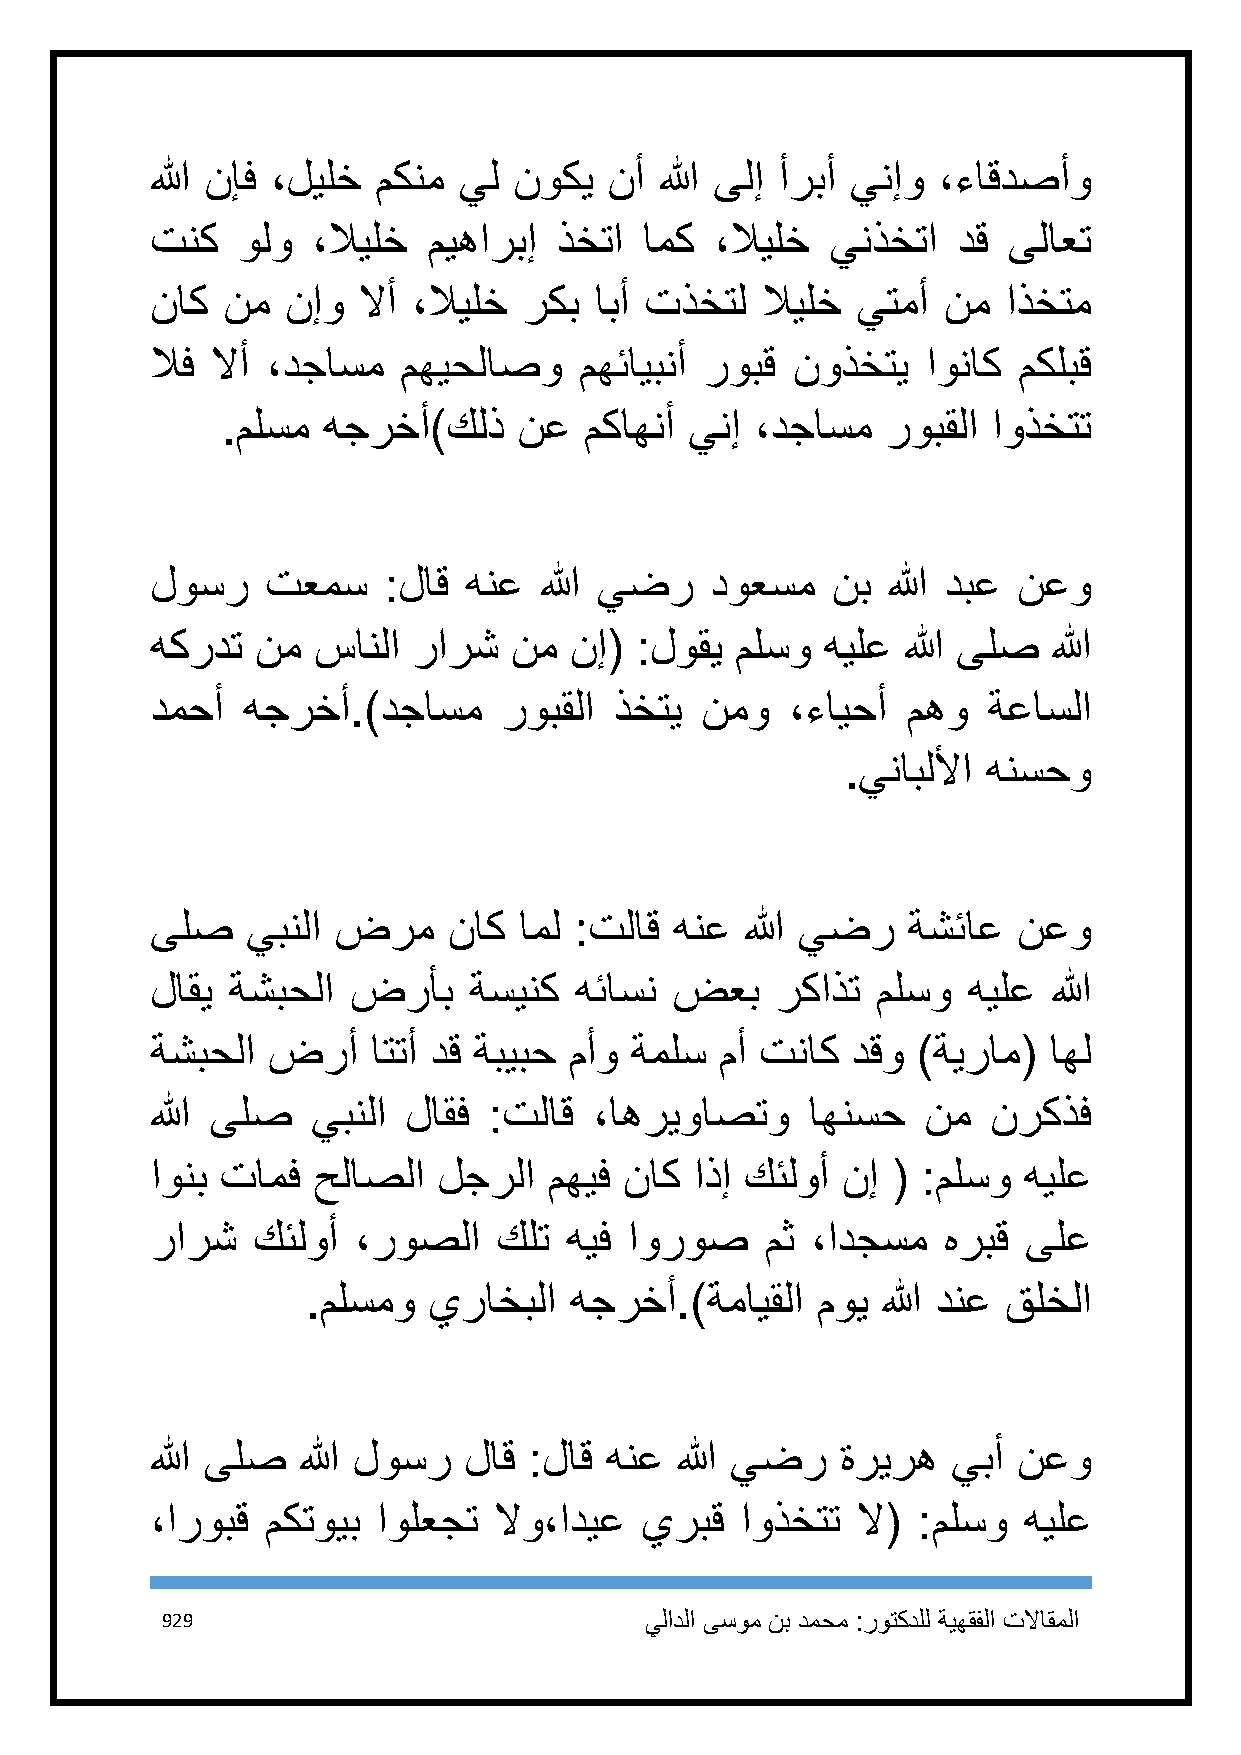
الله نإف ،ليلخ مكنم يل  نوكي  نأ  الله ىلإ أربأ ينإو ،ءاقدصأو
 تنك   ولو  ،لايلخ ميهاربإ  ذختا  امك ،لايلخ  ينذختا  دق  ىلاعت
 ناك  نم  نإو  لاأ ،لايلخ ركب ابأ تذختل  لايلخ  يتمأ نم   اذختم
 لاف لاأ ،دجاسم   مهيحلاصو   مهئايبنأ روبق نوذختي   اوناك مكلبق
 .ملسم هجرخأ)كلذ    نع   مكاهنأ ينإ ،دجاسم   روبقلا اوذختت
 لوسر    تعمس   :لاق  هنع  الله يضر   دوعسم   نب  الله دبع نعو
 هكردت  نم  سانلا رارش   نم  نإ( :لوقي  ملسو هيلع  الله ىلص  الله
 دمحأ  هجرخأ.)دجاسم     روبقلا  ذختي نمو   ،ءايحأ  مهو  ةعاسلا
 .ينابللأا هنسحو
 ىلص   يبنلا ضرم     ناك امل :تلاق  هنع الله يضر   ةشئاع  نعو
 لاقي ةشبحلا  ضرأب    ةسينك  هئاسن  ضعب   ركاذت  ملسو  هيلع  الله
 ةشبحلا  ضرأ    اتتأ دق ةبيبح مأو ةملس مأ تناك دقو  )ةيرام( اهل
 الله ىلص   يبنلا لاقف :تلاق  ،اهريواصتو     اهنسح  نم   نركذف
 اونب تامف  حلاصلا  لجرلا  مهيف ناك  اذإ كئلوأ نإ ( :ملسو  هيلع
 رارش   كئلوأ ،روصلا    كلت هيف  اوروص    مث ،ادجسم  هربق  ىلع
 .ملسمو  يراخبلا   هجرخأ.)ةمايقلا  موي الله دنع قلخلا
 الله ىلص  الله لوسر  لاق :لاق هنع  الله يضر   ةريره  يبأ نعو
 ،اروبق  مكتويب اولعجت  لاو،اديع يربق   اوذختت  لا( :ملسو  هيلع
 929                             يلادلا ىسوم نب دمحم :روتكدلل ةيهقفلا تلااقملا